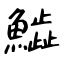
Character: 𩻩